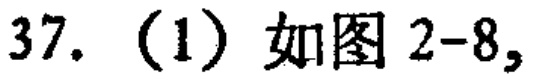
37. (1) 如图2-8,